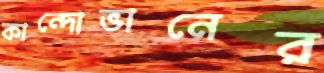
কান্দোভানের